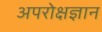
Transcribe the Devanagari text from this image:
अपरोक्षज्ञान